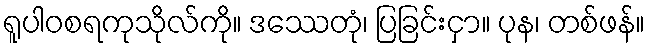
ရူပါဝစရကုသိုလ်ကို။ ဒဿေတုံ၊ ပြခြင်းငှာ။ ပုန၊ တစ်ဖန်။